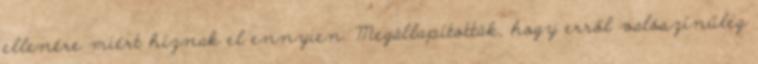
ellenére miért híznak el ennyien. Megállapították, hogy erről valószínűleg